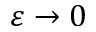
\varepsilon \to 0